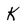
Character: K